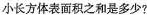
小长方体表面积之和是多少?